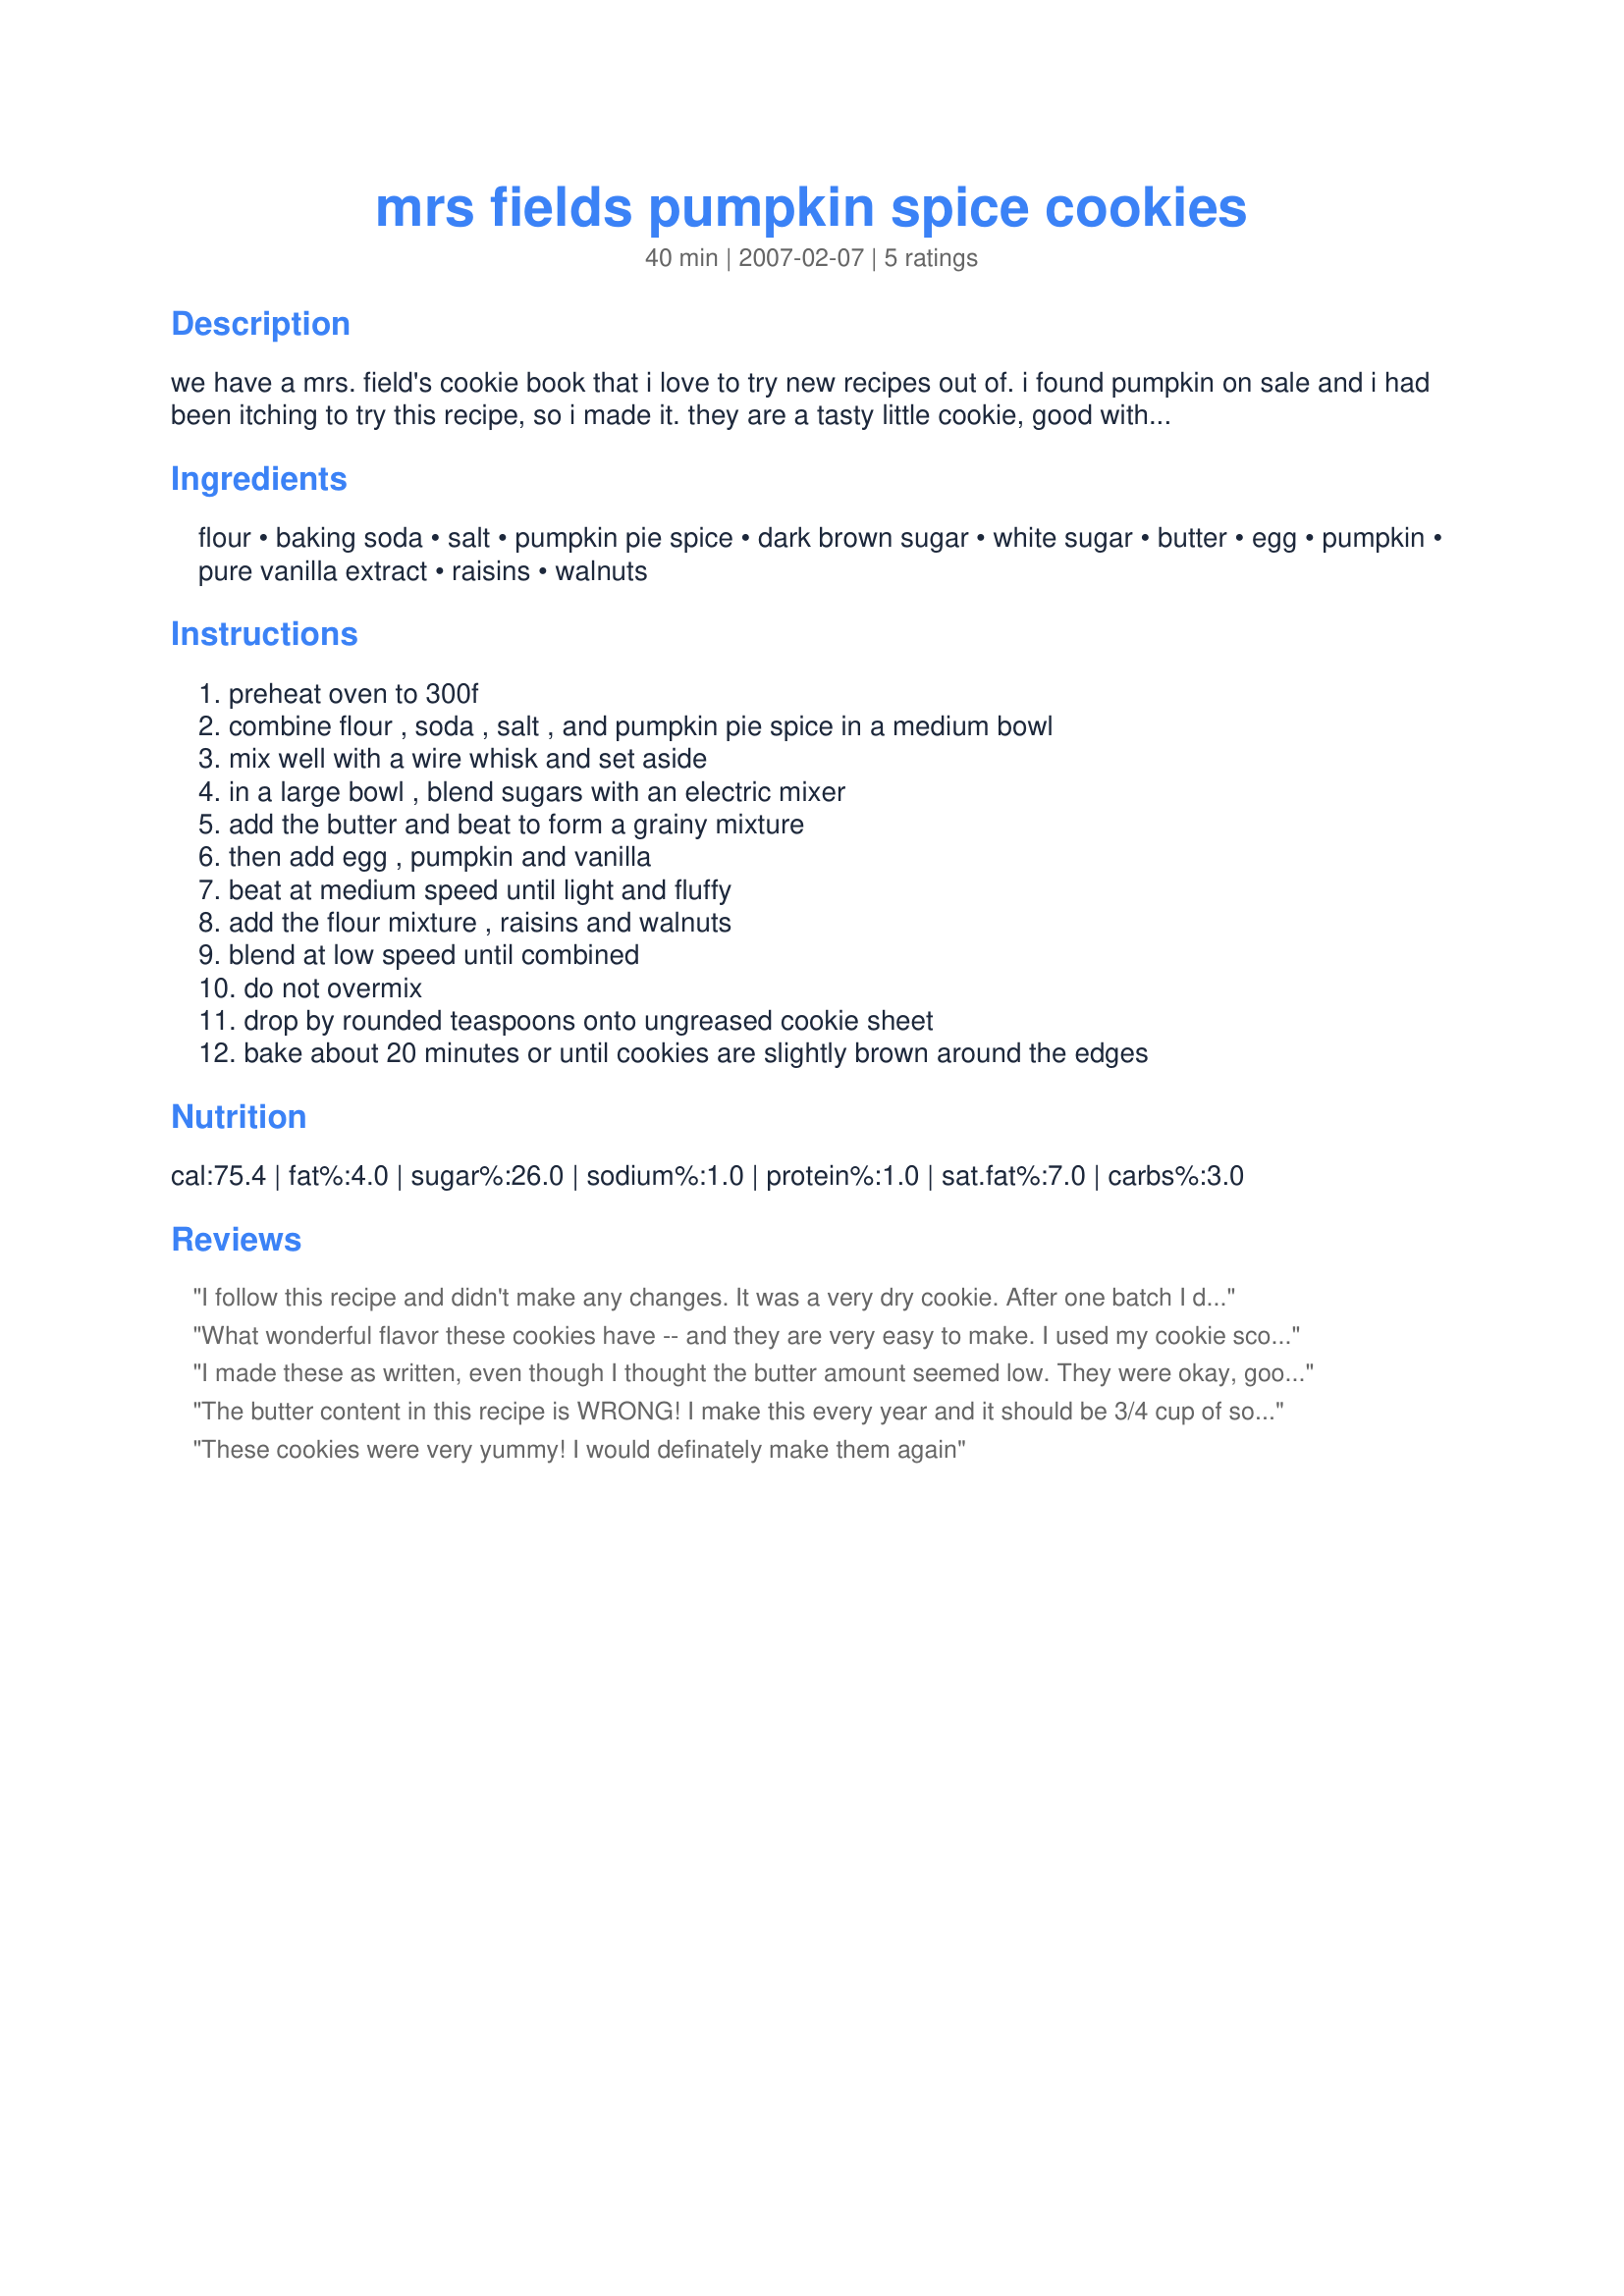
mrs fields pumpkin spice cookies
Preparation time: 40 minutes

we have a mrs. field's cookie book that i love to try new recipes out of. i found pumpkin on sale and i had been itching to try this recipe, so i made it. they are a tasty little cookie, good with chai tea! enjoy!

Ingredients:
flour, baking soda, salt, pumpkin pie spice, dark brown sugar, white sugar, butter, egg, pumpkin, pure vanilla extract, raisins, walnuts

Steps:
preheat oven to 300f, combine flour , soda , salt , and pumpkin pie spice in a medium bowl, mix well with a wire whisk and set aside, in a large bowl , blend sugars with an electric mixer, add the butter and beat to form a grainy mixture, then add egg , pumpkin and vanilla, beat at medium speed until light and fluffy, add the flour mixture , raisins and walnuts, blend at low speed until combined, do not overmix, drop by rounded teaspoons onto ungreased cookie sheet, bake about 20 minutes or until cookies are slightly brown around the edges

Reviews:
I follow this recipe and didn't make any changes. It was a very dry cookie. After one batch I decided to put the rest of it in a loaf pan. It was an ok bread but a very dry cookie. I checked the ratings before I made this recipe and saw she had changed the butter amount so I thought it would be ok. I was wrong.
What wonderful flavor these cookies have -- and they are very easy to make. I used my cookie scoop and I think it's more like 2 tablespoons. I got 36 cookies. I saw where one reviewer suggested adding more butter and I made a note to myself to do that -- but wouldn't ya know, once I got into the recipe, I forgot to check my notes!!!! I agree that the cookies might be slightly on the dry side -- but I hesitate to add that much additional butter because I like how the cookie holds its shape when placed on the pan -- it's still basically that shape when it's done baking. I might add an extra 2 T. of butter, but I would be fearful in adding an entire 1/2 cup more. I also found that in my oven they baked in 17 minutes. Very delicious cookies.
I made these as written, even though I thought the butter amount seemed low. They were okay, good flavor, but the texture was a little dry. I googled the recipe and found it listed elsewhere with 3/4 cup butter, not 1/4 cup. Ahhh...that makes sense. Not sure if this is a typo, or just trying to make the recipe less fattening. I'll try the higher butter amount tomorrow and see what happens.
The butter content in this recipe is WRONG! I make this every year and it should be 3/4 cup of softened butter.
These cookies were very yummy! I would definately make them again
